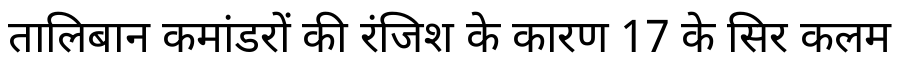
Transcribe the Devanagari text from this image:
तालिबान कमांडरों की रंजिश के कारण 17 के सिर कलम